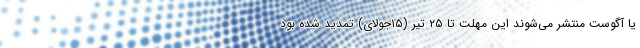
یا آگوست منتشر می‌شوند این مهلت تا ۲۵ تیر (۱۵جولای) تمدید شده بود